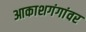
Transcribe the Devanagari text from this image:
आकाशगंगांवर